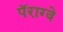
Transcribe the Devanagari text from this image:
पॅराग्वे